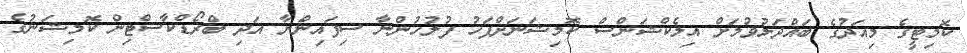
ކޮމިޓީގެ މިއަދުގެ ބައްދަލުވުމަށް އިލެކްޝަންސް ކޮމިޝަނަށްފަހު ފުލުހުންނާ ސިފައިންނާ އަދި ބްރޯޑްކާސްޓިން ކޮމިޝަނުގެ